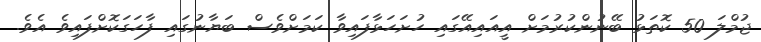
ޖުމްލަ 50 ކޮތަޅު ބޭނުންކުރުމަށް އީއައިއޭގައި ހުށަހަޅާފައިވާ ކަަމަށްވެސް ބަޔާނުގައި ފާހަގަކޮށްފައިވެ އެވެ.